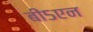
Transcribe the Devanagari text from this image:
बी५एन